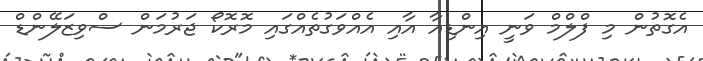
އެގޮތުން މި ފްލްމް ވަނީ އިންޑިއާ އާއި އެއްވަގުތެއްގައި މޮރޮކޯ ޖަރުމަން ސްވިޒަލޭންޑް